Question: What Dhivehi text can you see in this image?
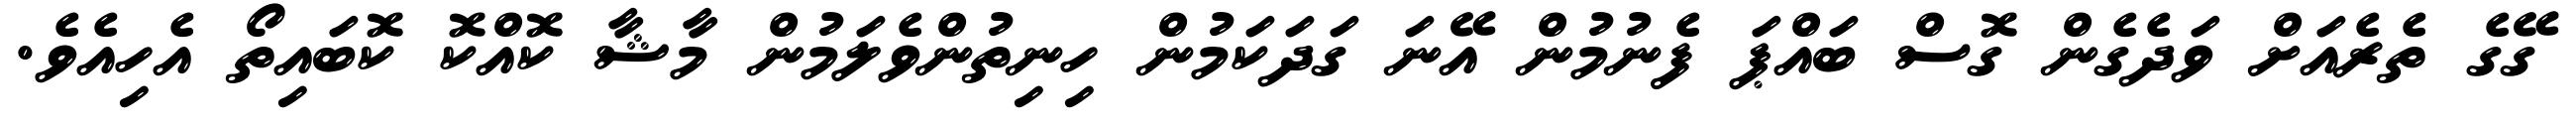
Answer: ގޭގެ ތެރެއަށް ވަދެގެން ގޮސް ބައްޕަ ފެނުމުން އޭނަ ގަދަކަމުން ހިނިތުންވެލަމުން މާޝާ ކޮއްކޮ ކޮބައިތޯ އެހިއެވެ.